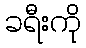
ခရီးကို